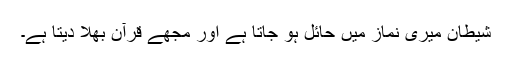
شیطان میری نماز میں حائل ہو جاتا ہے اور مجھے قرآن بھلا دیتا ہے۔